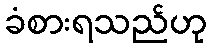
ခံစားရသည်ဟု